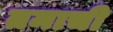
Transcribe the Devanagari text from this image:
तमाची